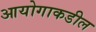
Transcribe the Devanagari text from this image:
आयोगाकडील